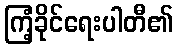
ကြံ့ခိုင်ရေးပါတီ၏